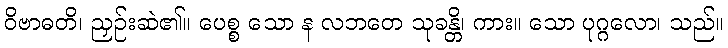
ဝိဗာဓတိ၊ ညှဉ်းဆဲ၏။ ပေစ္စ သော န လဘတေ သုခန္တိ၊ ကား။ သော ပုဂ္ဂလော၊ သည်။